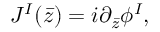
J ^ { I } ( \bar { z } ) = i \partial _ { \bar { z } } \phi ^ { I } ,